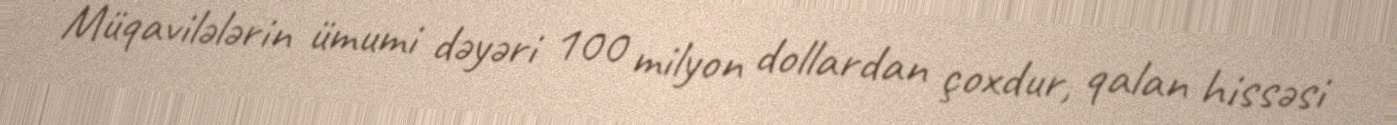
Müqavilələrin ümumi dəyəri 100 milyon dollardan çoxdur, qalan hissəsi